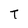
Character: T